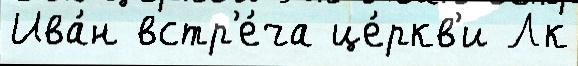
Ива́н встр'е́ча це́ркв'и Лк